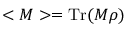
< M > = \operatorname { T r } ( M \rho )